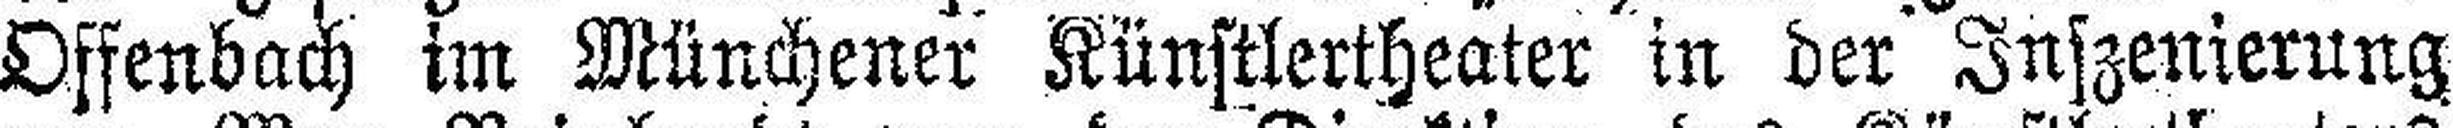
Offenbach im Münchener Künstlertheater in der Inszenierung